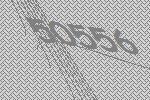
50556